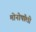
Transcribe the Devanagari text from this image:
मोनोपॉली